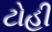
ટોહી